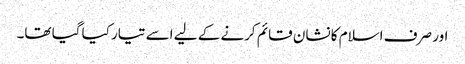
اور صرف اسلام کا نشان قائم کرنے کے لیے اسے تیار کیا گیا تھا۔